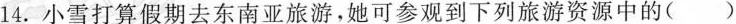
14.小雪打算假期去东南亚旅游，她可参观到下列旅游资源中的（）